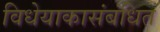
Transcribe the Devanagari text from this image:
विधेयाकासंबंधित